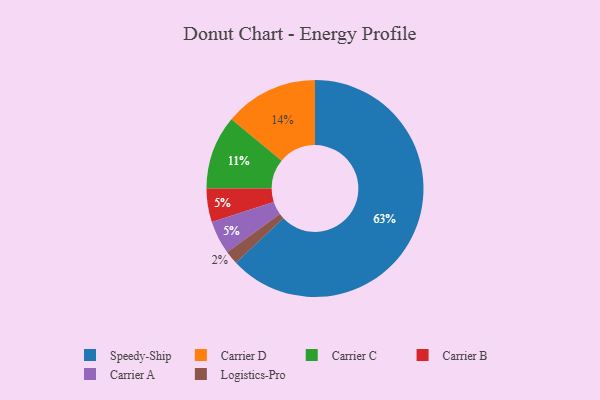
{"axis": {"x": "Category", "y": "Percentage"}, "legend": ["Carrier A", "Carrier B", "Carrier C", "Carrier D", "Logistics-Pro", "Speedy-Ship"], "data": [{"x": "Carrier B", "y": 5, "type": "Carrier B"}, {"x": "Logistics-Pro", "y": 2, "type": "Logistics-Pro"}, {"x": "Carrier D", "y": 14, "type": "Carrier D"}, {"x": "Speedy-Ship", "y": 63, "type": "Speedy-Ship"}, {"x": "Carrier C", "y": 11, "type": "Carrier C"}, {"x": "Carrier A", "y": 5, "type": "Carrier A"}]}